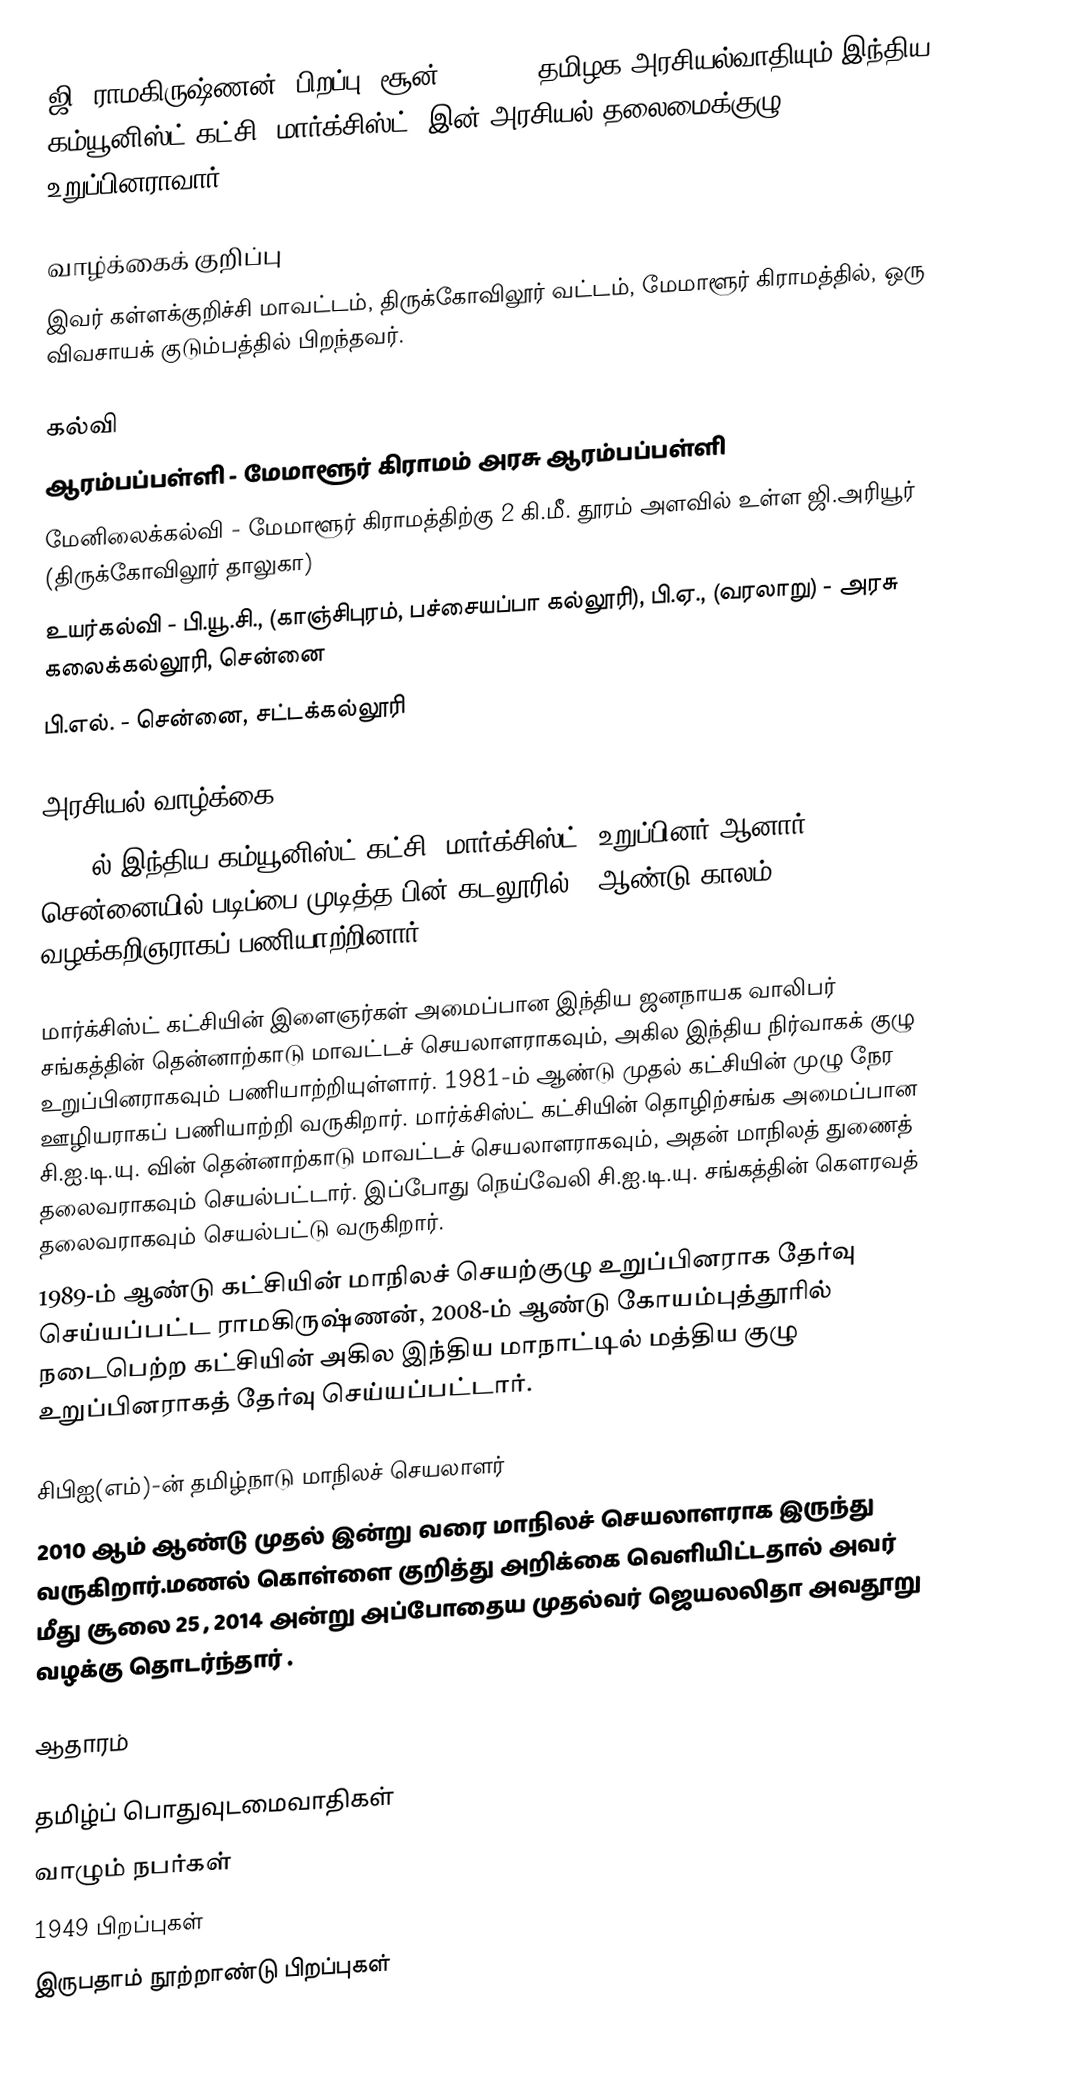
ஜி. ராமகிருஷ்ணன் (பிறப்பு: சூன் 6, 1949)  தமிழக அரசியல்வாதியும் இந்திய கம்யூனிஸ்ட் கட்சி (மார்க்சிஸ்ட்) இன் அரசியல் தலைமைக்குழு உறுப்பினராவார்

வாழ்க்கைக் குறிப்பு
இவர் கள்ளக்குறிச்சி மாவட்டம், திருக்கோவிலூர் வட்டம், மேமாளூர் கிராமத்தில், ஒரு விவசாயக் குடும்பத்தில் பிறந்தவர்.

கல்வி
ஆரம்பப்பள்ளி - மேமாளூர் கிராமம் அரசு ஆரம்பப்பள்ளி
மேனிலைக்கல்வி - மேமாளூர் கிராமத்திற்கு 2 கி.மீ. தூரம் அளவில் உள்ள ஜி.அரியூர் (திருக்கோவிலூர் தாலுகா)
உயர்கல்வி - பி.யூ.சி., (காஞ்சிபுரம், பச்சையப்பா கல்லூரி), பி.ஏ., (வரலாறு) - அரசு கலைக்கல்லூரி, சென்னை
பி.எல். - சென்னை, சட்டக்கல்லூரி

அரசியல் வாழ்க்கை
1969-ல் இந்திய கம்யூனிஸ்ட் கட்சி (மார்க்சிஸ்ட்) உறுப்பினர் ஆனார். சென்னையில் படிப்பை முடித்த பின் கடலூரில் 8 ஆண்டு காலம் வழக்கறிஞராகப் பணியாற்றினார்.

மார்க்சிஸ்ட் கட்சியின் இளைஞர்கள் அமைப்பான இந்திய ஜனநாயக வாலிபர் சங்கத்தின்  தென்னாற்காடு மாவட்டச் செயலாளராகவும், அகில இந்திய நிர்வாகக் குழு உறுப்பினராகவும் பணியாற்றியுள்ளார். 1981-ம் ஆண்டு முதல் கட்சியின் முழு நேர ஊழியராகப் பணியாற்றி வருகிறார். மார்க்சிஸ்ட் கட்சியின் தொழிற்சங்க அமைப்பான சி.ஐ.டி.யு. வின் தென்னாற்காடு மாவட்டச் செயலாளராகவும், அதன் மாநிலத் துணைத் தலைவராகவும் செயல்பட்டார். இப்போது நெய்வேலி சி.ஐ.டி.யு. சங்கத்தின் கௌரவத் தலைவராகவும் செயல்பட்டு வருகிறார்.
1989-ம் ஆண்டு கட்சியின் மாநிலச் செயற்குழு உறுப்பினராக தேர்வு செய்யப்பட்ட ராமகிருஷ்ணன், 2008-ம் ஆண்டு கோயம்புத்தூரில் நடைபெற்ற கட்சியின் அகில இந்திய மாநாட்டில் மத்திய குழு உறுப்பினராகத் தேர்வு செய்யப்பட்டார்.

சிபிஐ(எம்)-ன் தமிழ்நாடு மாநிலச் செயலாளர்
2010 ஆம் ஆண்டு முதல் இன்று வரை மாநிலச் செயலாளராக இருந்து வருகிறார்.மணல் கொள்ளை குறித்து அறிக்கை வெளியிட்டதால் அவர் மீது சூலை 25 , 2014 அன்று அப்போதைய  முதல்வர் ஜெயலலிதா அவதூறு வழக்கு தொடர்ந்தார் .

ஆதாரம்

தமிழ்ப் பொதுவுடமைவாதிகள்
வாழும் நபர்கள்
1949 பிறப்புகள்
இருபதாம் நூற்றாண்டு பிறப்புகள்